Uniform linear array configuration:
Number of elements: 4
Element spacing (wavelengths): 0.75
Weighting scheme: exponential
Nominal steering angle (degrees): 0
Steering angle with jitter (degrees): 0.3262
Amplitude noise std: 0.05
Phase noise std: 0.05

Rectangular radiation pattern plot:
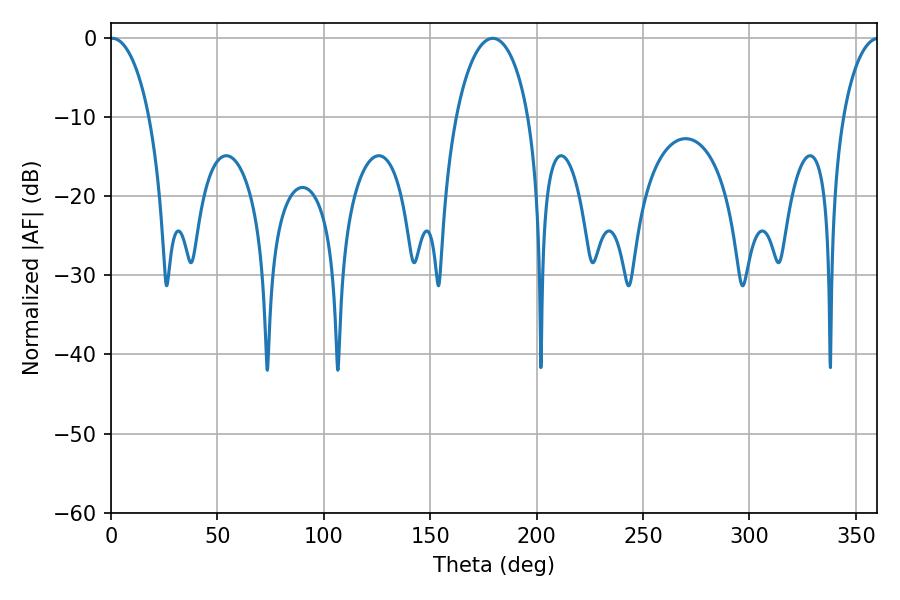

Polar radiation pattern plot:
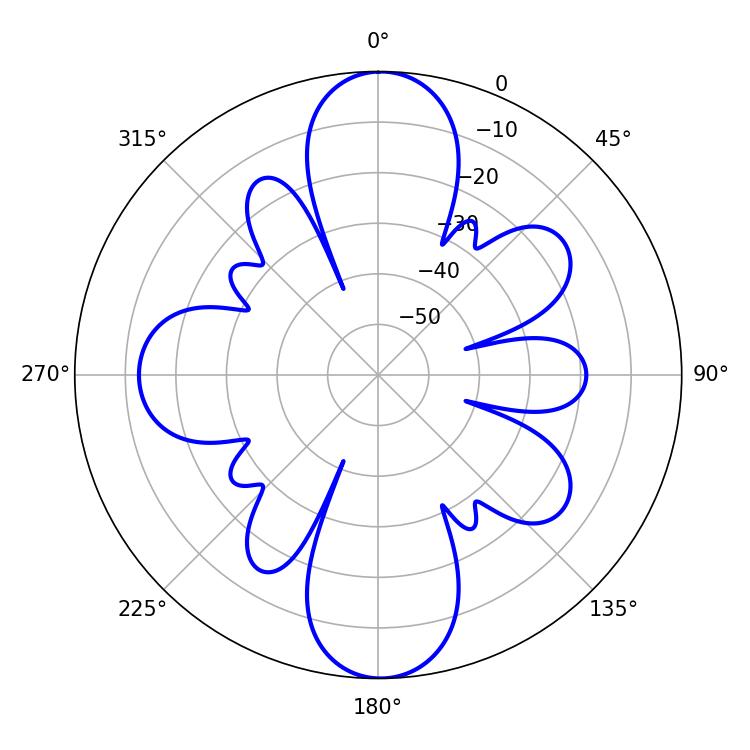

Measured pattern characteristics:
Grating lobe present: TRUE
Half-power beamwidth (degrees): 10.44
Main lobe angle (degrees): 0.54